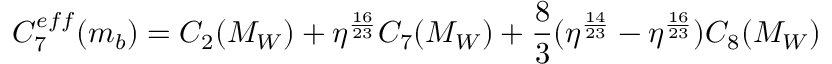
C _ { 7 } ^ { e f f } ( m _ { b } ) = C _ { 2 } ( M _ { W } ) + \eta ^ { \frac { 1 6 } { 2 3 } } C _ { 7 } ( M _ { W } ) + { \frac { 8 } { 3 } } ( \eta ^ { \frac { 1 4 } { 2 3 } } - \eta ^ { \frac { 1 6 } { 2 3 } } ) C _ { 8 } ( M _ { W } )